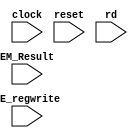
module WRITEBACK(
    input clock,
    input reset,
    input DE_regwrite,
    input [4:0] rd,
    input [31:0] EM_Result
);
 // 32 memory locations each 32 bits wide
reg [31:0] reg_omemory [10:0];
        //  When reset is triggered, we initialize the registers with some values
    always @(posedge reset)
    begin
         reg_omemory[0] = 32'h00;
         reg_omemory[1] = 32'h00;
         reg_omemory[2] = 32'h00;
         reg_omemory[3] = 32'h00;
         reg_omemory[4] = 32'h00;
		 reg_omemory[5] = 32'h00;
         reg_omemory[6] = 32'h00;
         reg_omemory[7] = 32'h00;
         reg_omemory[8] = 32'h00;
         reg_omemory[9] = 32'h00;
         reg_omemory[10] = 32'h00;
    end

    // If clock edge is positive and regwrite is 1, we write data to specified register
    always @(posedge clock)
    begin

        if (DE_regwrite) begin
            reg_omemory[rd] = EM_Result;
        end     
    end
endmodule